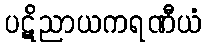
ပဋိညာယကရဏီယံ